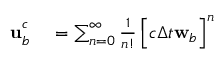
\begin{array} { r l } { \mathbf { u } _ { b _ { } } ^ { c _ { } } } & { { } = \sum _ { n = 0 } ^ { \infty } \frac { 1 } { n ! } \left[ c _ { } \Delta t { } \mathbf { w } _ { b _ { } } \right] ^ { n } } \end{array}